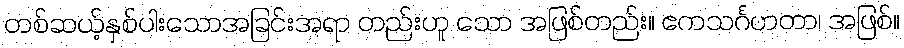
တစ်ဆယ့်နှစ်ပါးသောအခြင်းအရာ တည်းဟူ သော အဖြစ်တည်း။ ဧကသင်္ဂဟတာ၊ အဖြစ်။